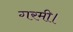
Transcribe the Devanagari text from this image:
गरमी।